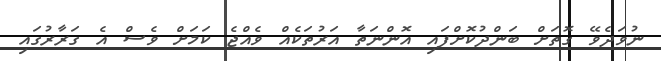
ނުވަދެވޭ ގޮތަށް ބަންދުކޮށްފައި އޮންނަތާ އަރުތަކެއް ވެއްޖެ ކަމަށް ވެސް އެ ގަރާރުގައި